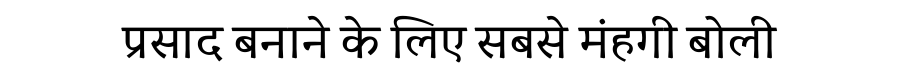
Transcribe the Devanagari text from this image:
प्रसाद बनाने के लिए सबसे मंहगी बोली